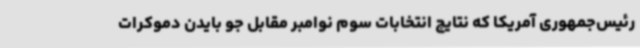
رئیس‌جمهوری آمریکا که نتایج انتخابات سوم نوامبر مقابل جو بایدن دموکرات